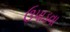
ઉપાડવા